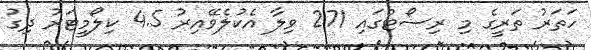
ހަތަރު ތަރީގެ މި ރިސޯޓްގައި 271 ވިލާ އެކުލެވޭއިރު 4.5 ކިލޯމީޓަރު ދިގު